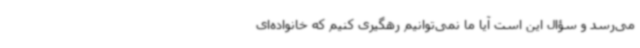
می‌رسد و سؤال این است آیا ما نمی‌توانیم رهگیری کنیم که خانواده‌ای